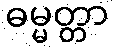
ဓမ္မတ္တာ